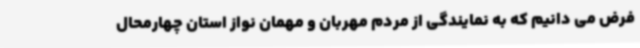
فرض می دانیم که به نمایندگی از مردم مهربان و مهمان نواز استان چهارمحال